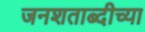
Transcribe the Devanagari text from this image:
जनशताब्दीच्या